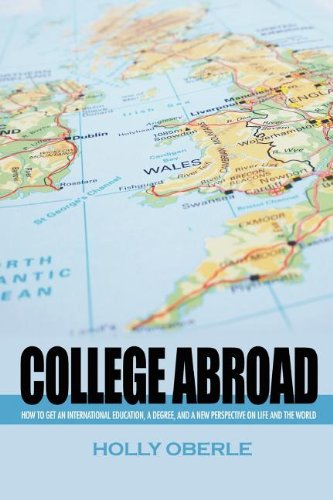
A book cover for College Abroad; Holly Oberle; Travel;